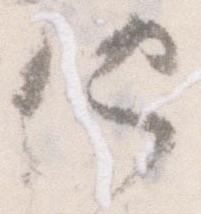
他